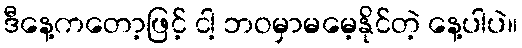
ဒီနေ့ကတော့ဖြင့် ငါ့ ဘဝမှာမမေ့နိုင်တဲ့ နေ့ပါပဲ။